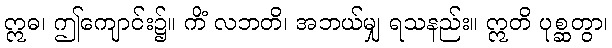
ဣဓ၊ ဤကျောင်း၌။ ကိံ လဘတိ၊ အဘယ်မျှ ရသနည်း။ ဣတိ ပုစ္ဆတွာ၊